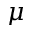
\mu